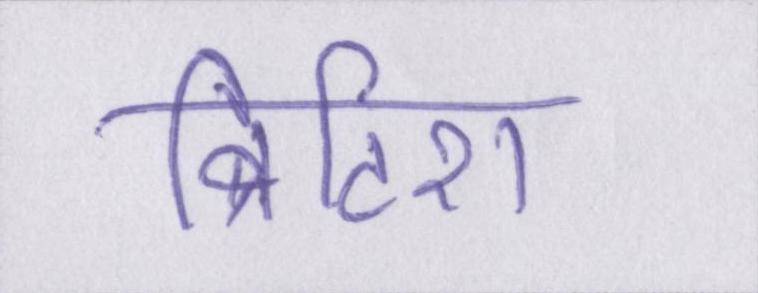
ब्रिटिश